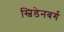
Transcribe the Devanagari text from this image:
स्विडेनबर्ग